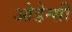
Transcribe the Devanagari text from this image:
ओडेन्सी